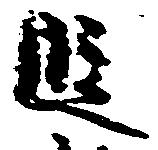
段